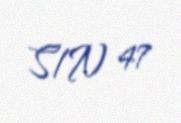
S/N 47